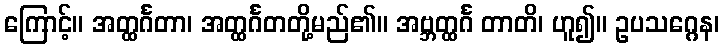
ကြောင့်။ အတ္ထင်္ဂတာ၊ အတ္ထင်္ဂတတို့မည်၏။ အဗ္ဘတ္ထင်္ဂ တာတိ၊ ဟူ၍။ ဥပသဂ္ဂေန၊